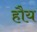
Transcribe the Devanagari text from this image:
हौय